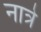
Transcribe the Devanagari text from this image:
नात्रे